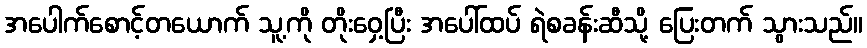
အပေါက်စောင့်တယောက် သူ့ကို တိုးဝှေ့ပြီး အပေါ်ထပ် ရဲစခန်းဆီသို့ ပြေးတက် သွားသည်။